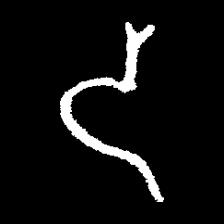
Pyu character \u2014 Myanmar letter: ဒ (romanized: da)